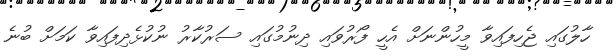
ހާލުގައި ޖެހިފައިވާ މީހުންނަށް އެހީ ފޯރުވައި ދިނުމުގައި ސަރުކާރު ނުކުޅެދިފައިވާ ކަމަށް ބުނެ